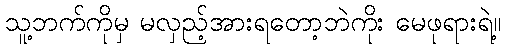
သူ့ဘက်ကိုမှ မလှည့်အားရတော့ဘဲကိုး မေဖုရားရဲ့။